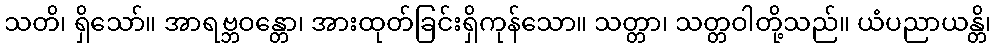
သတိ၊ ရှိသော်။ အာရဗ္ဘဝန္တော၊ အားထုတ်ခြင်းရှိကုန်သော။ သတ္တာ၊ သတ္တဝါတို့သည်။ ယံပညာယန္တိ၊